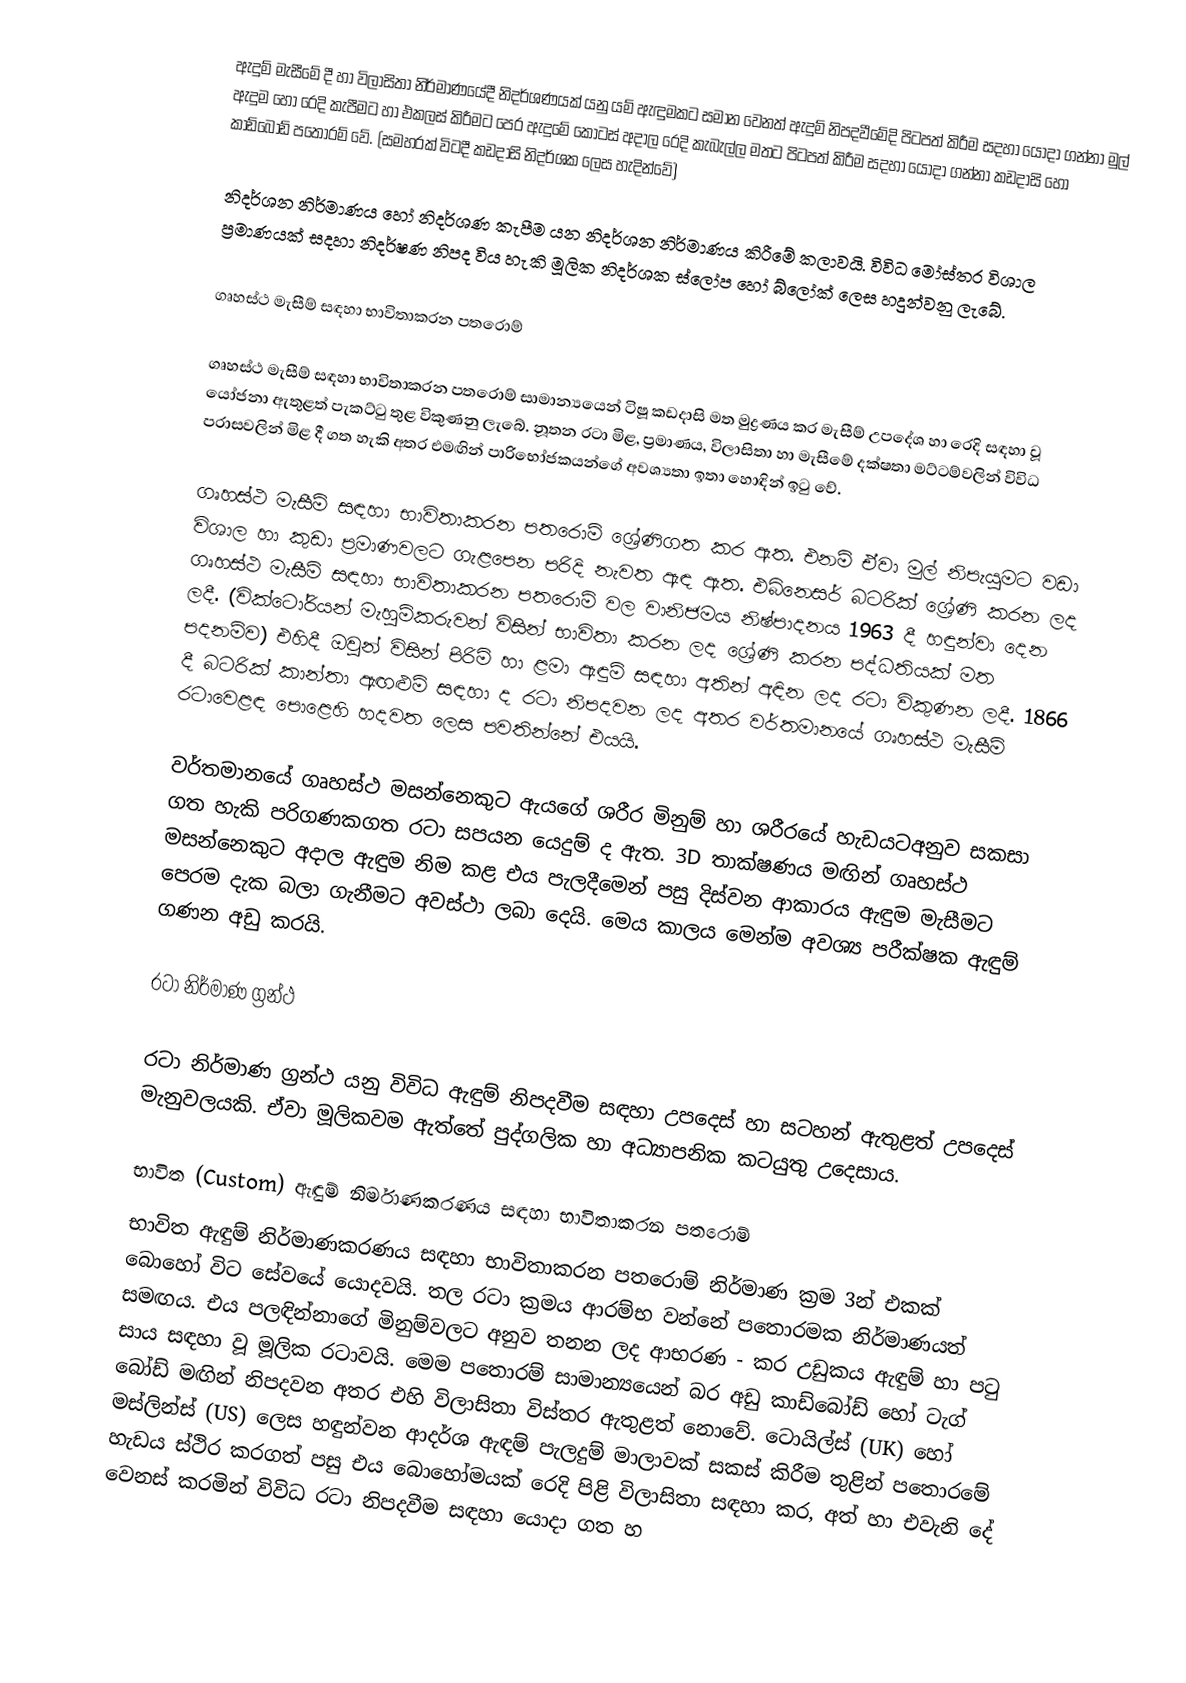
ඇදුම් මැසීමේ දී හා විලාසිතා නිර්මාණයේදී නිදර්ශණයක් යනු යම් ඇඳුමකට සමාන වෙනත් ඇදුම් නිපදවීමේදි පිටපත් කිරීම සදහා යොදා ගන්නා මුල් ඇදුම හෝ  රෙදි කැපීමට හා එකලස් කිරීමට පෙර ඇදුමේ කොටස් අදාල රෙදි කැබැල්ල මතට පිටපත් කිරීම සදහා යොදා ගන්නා කඩදාසි හෝ කාඩ්බෝඩ් පතෝරම් වේ. (සමහරක් විටදී කඩදාසි නිදර්ශක ලෙස හැදින්වේ)

නිදර්ශන නිර්මාණය හෝ නිදර්ශණ කැපීම යන නිදර්ශන නිර්මාණය කිරීමේ කලාවයි. විවිධ මෝස්තර විශාල ප්‍රමාණයක් සදහා නිදර්ෂණ නිපද විය හැකි මූලික නිදර්ශක ස්ලෝප හෝ බ්ලෝක් ලෙස හදුන්වනු ලැබේ.

ගෘහස්ථ මැසීම් සඳහා භාවිතාකරන පතරොම්

ගෘහස්ථ මැසීම් සඳහා භාවිතාකරන පතරොම් සාමාන්‍යයෙන් ටිෂූ කඩදාසි මත මුද්‍රණය කර මැසීම් උපදේශ හා රෙදි සඳහා වූ යෝජනා ඇතුළත් පැකට්ටු තුළ විකුණනු ලැබේ. නූතන රටා මිළ, ප්‍රමාණය, විලාසිතා හා මැසීමේ දක්ෂතා මට්ටම්වලින් විවිධ පරාසවලින් මිළ දී ගත හැකි අතර එමඟින් පාරිභෝජකයන්ගේ අවශ්‍යතා ඉතා හොඳින් ඉටු වේ.

ගෘහස්ථ මැසීම් සඳහා භාවිතාකරන පතරොම් ශ්‍රේණිගත කර ඇත. එනම් ඒවා මුල් නිපැයුමට වඩා විශාල හා කුඩා ප්‍රමාණවලට ගැ‍ළපෙන පරිදි නැවත ඇඳ ඇත. එබිනෙසර් බටරික් ශ්‍රේණි කරන ලද ගෘහස්ථ මැසීම් සඳහා භාවිතාකරන පතරොම් වල වානිජමය නිෂ්පාදනය 1963 දී හඳුන්වා දෙන ලදී. (වික්ටෝරියන් මැහුම්කරුවන් විසින් භාවිතා කරන ලද ශ්‍රේණි කරන පද්ධතියක් මත පදනම්ව) එහිදී ඔවුන් විසින් පිරිමි හා ළමා ඇඳුම් සඳහා අතින් අඳින ලද රටා විකුණන ලදී. 1866 දී බටරික් කාන්තා ඇඟළුම් සඳහා ද රටා නිපදවන ලද අතර වර්තමානයේ ගෘහස්ථ මැසීම් රටා‍වෙළඳ පොළෙහි හදවත ලෙස පවතින්නේ එයයි.

වර්තමානයේ ගෘහස්ථ  මසන්නෙකුට ඇයගේ ශරීර මිනුම් හා ශරී‍රයේ හැඩයට‍අනුව සකසා ගත හැකි පරිගණකගත රටා සපයන යෙදුම් ද ඇත. 3D තාක්ෂණය මඟින් ගෘහස්ථ මසන්නෙකුට අදාල ඇඳුම නිම කළ එය පැලදීමෙන් පසු දිස්වන ආකාරය ඇඳුම මැසීමට පෙරම දැක බලා ගැනීමට අවස්ථා ලබා දෙයි. මෙය කාලය මෙන්ම අවශ්‍ය පරීක්ෂක ඇඳුම් ගණන අඩු කරයි.

රටා නිර්මාණ ග්‍රන්ථ

රටා නිර්මාණ ග්‍රන්ථ යනු විවිධ ඇඳුම් නිපදවීම සඳහා උපදෙස් හා සටහන් ඇතුළත් උපදෙස් මැනුවලයකි. ඒවා මූලිකවම ඇත්තේ පුද්ගලික හා අධ්‍යාපනික කටයුතු උදෙසාය.

භාවිත (Custom) ඇඳුම් නිර්මාණකරණය සඳහා භාවිතාකරන පතරොම්
භාවිත ඇඳුම් නිර්මාණකරණය සඳහා භාවිතාකරන පතරොම් නිර්මාණ ක්‍රම 3න් එකක් බොහෝ විට සේවයේ යොදවයි. තල රටා ක්‍රමය ආරම්භ වන්නේ ප‍තොරමක නිර්මාණයත් සමඟය. එය පලඳින්නාගේ මිනුම්වලට අනුව තනන ලද ආභරණ - කර උඩුකය ඇඳුම් හා පටු සාය සඳහා වූ මූලික රටාවයි. මෙම පතොරම් සාමාන්‍යයෙන් බර අඩු කාඩ්බෝඩ් හෝ ටැග් බෝඩ් මඟින් නිපදවන අතර එහි විලාසිතා විස්තර ඇතුළත් නොවේ. ටොයිල්ස් (UK) හෝ මස්ලින්ස් (US) ලෙස හඳුන්වන ආදර්ශ ඇඳම් පැලදුම් මාලාවක් සකස් කිරීම තුළින් පතොරමේ හැඩය ස්ථිර කරගත් පසු එය බොහෝමයක් රෙදි පිළි විලාසිතා සඳහා කර, අත් හා එවැනි දේ වෙනස් කරමින් විවිධ රටා නිපදවීම සඳහා යොදා ගත හ